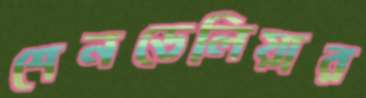
শেনডেলিয়ার